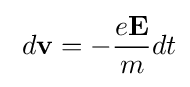
\;d\mathbf {v} =-{\frac {e\mathbf {E} }{m}}dt